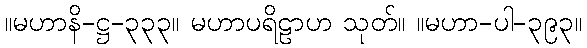
။မဟာနိ-ဋ္ဌ-၃၃၃။ မဟာပရိဠာဟ သုတ်။ ။မဟာ-ပါ-၃၉၃။